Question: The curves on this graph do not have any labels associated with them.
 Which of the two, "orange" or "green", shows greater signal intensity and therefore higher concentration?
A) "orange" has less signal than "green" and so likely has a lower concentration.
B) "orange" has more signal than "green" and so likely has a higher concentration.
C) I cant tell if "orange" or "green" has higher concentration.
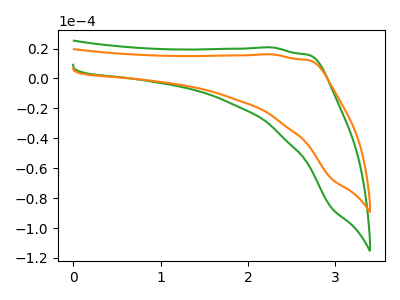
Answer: <think>The green curve "green" has no peaks. The orange curve "orange" has no peaks.
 Neither "orange" or "green" have any peaks.</think>
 <answer>C) I cant tell if "orange" or "green" has higher concentration.</answer>
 <eval>C</eval>